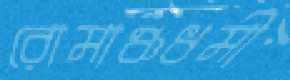
রোমাঞ্চধর্মী